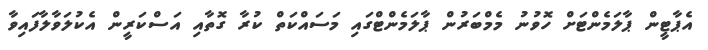
އެޕާޓީން ޕާލަމެންޓަށް ހޮވުނު މެމްބަރުން ޕާލަމެންޓްގައި މަސައްކަތް ކުރާ ގޮތާއި އަސްކަރީން އެކުލަވާލާފައިވާ